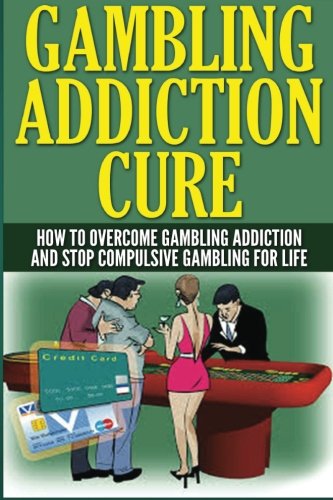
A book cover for The Gambling Addiction Cure: How to Overcome Gambling Addiction and Stop Compulsive Gambling For Life; Anthony Wilkenson; Health, Fitness & Dieting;